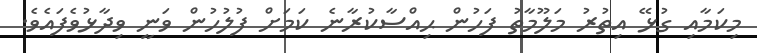
މިކަމާއި ގުޅޭ އިތުރު މަލޫމާތު ފަހުން ޙިއްސާކުރާނެ ކަމަށް ފުލުހުން ވަނީ ވިދާޅުވެފައެވެ.